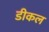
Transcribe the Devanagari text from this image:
डीकल